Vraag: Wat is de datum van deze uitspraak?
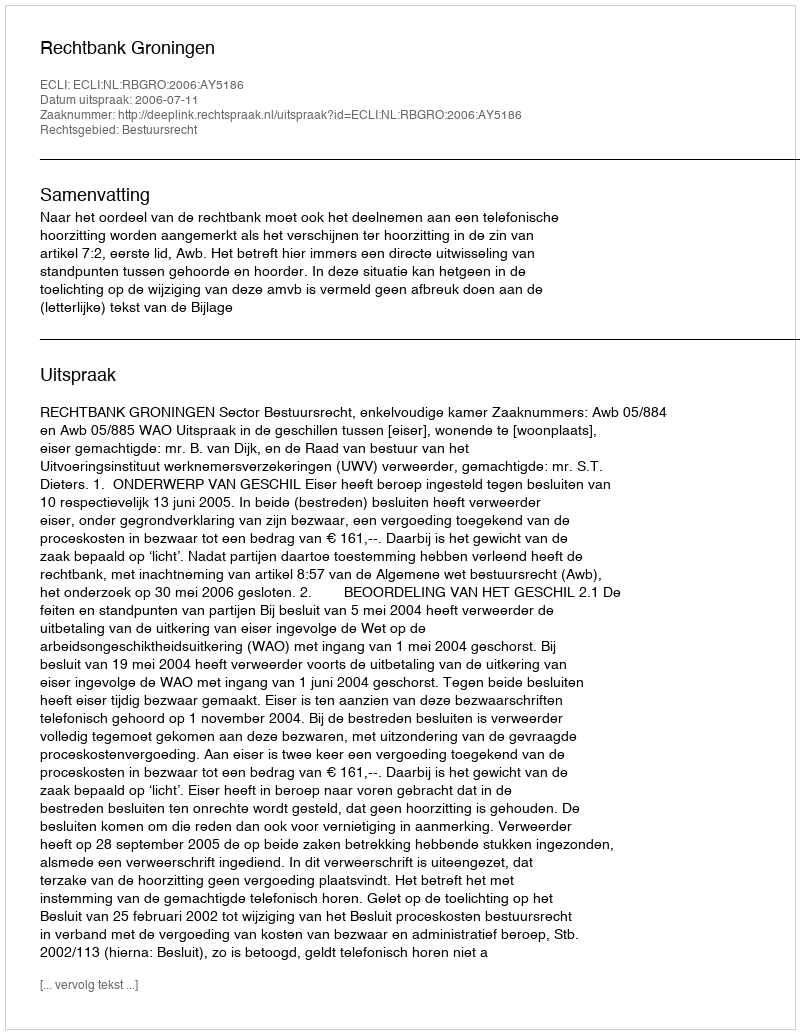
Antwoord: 2006-07-11